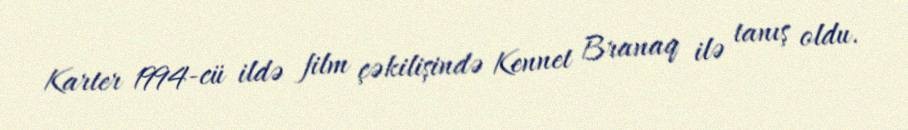
Karter 1994-cü ildə film çəkilişində Kennet Branaq ilə tanış oldu.